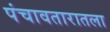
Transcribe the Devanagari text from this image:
पंचावतारातला